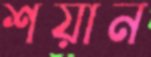
শয়ান